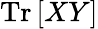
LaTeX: \mathrm{Tr}\left[XY\right]